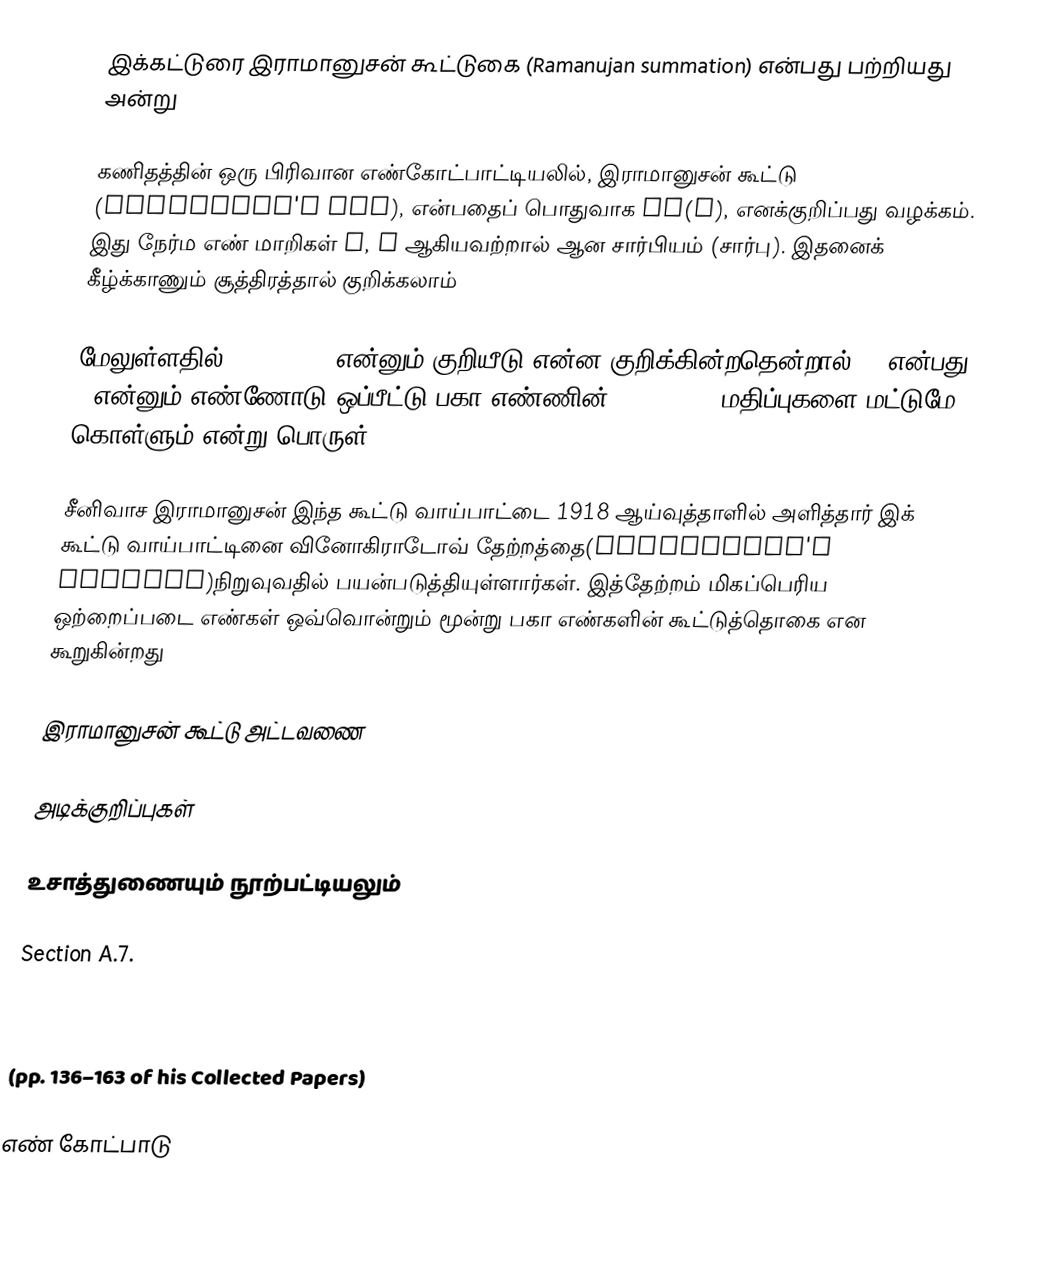
இக்கட்டுரை இராமானுசன் கூட்டுகை (Ramanujan summation) என்பது பற்றியது அன்று

கணிதத்தின் ஒரு பிரிவான எண்கோட்பாட்டியலில், இராமானுசன் கூட்டு (Ramanujan's sum), என்பதைப் பொதுவாக cq(n), எனக்குறிப்பது வழக்கம். இது நேர்ம எண் மாறிகள் q, n ஆகியவற்றால் ஆன சார்பியம் (சார்பு). இதனைக் கீழ்க்காணும் சூத்திரத்தால் குறிக்கலாம்

மேலுள்ளதில் (a, q) = 1 என்னும் குறியீடு என்ன குறிக்கின்றதென்றால்,  a என்பது q என்னும் எண்ணோடு ஒப்பீட்டு பகா எண்ணின் (co-prime) மதிப்புகளை மட்டுமே கொள்ளும் என்று பொருள்.

சீனிவாச இராமானுசன் இந்த கூட்டு வாய்பாட்டை 1918 ஆய்வுத்தாளில் அளித்தார் இக் கூட்டு வாய்பாட்டினை வினோகிராடோவ் தேற்றத்தை(Vinogradov's theorem)நிறுவுவதில் பயன்படுத்தியுள்ளார்கள். இத்தேற்றம் மிகப்பெரிய ஒற்றைப்படை எண்கள் ஒவ்வொன்றும் மூன்று பகா எண்களின் கூட்டுத்தொகை என கூறுகின்றது

இராமானுசன் கூட்டு அட்டவணை

அடிக்குறிப்புகள்

உசாத்துணையும் நூற்பட்டியலும்

  Section A.7.

 (pp. 179–199 of his Collected Papers)

 (pp. 136–163 of his Collected Papers)

எண் கோட்பாடு